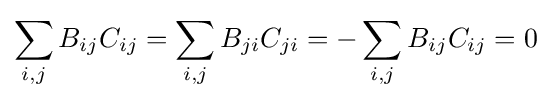
\sum _{i,j}B_{ij}C_{ij}=\sum _{i,j}B_{ji}C_{ji}=-\sum _{i,j}B_{ij}C_{ij}=0